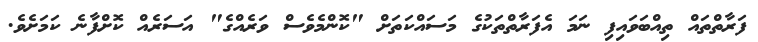
ފަރާތްތައް ތިއްބަވައިފި ނަމަ އެފަރާތްތަކުގެ މަސައްކަތަށް "ކޮންމެވެސް ވަރެއްގެ" އަސަރެއް ކޮށްފާނެ ކަމަށެވެ.